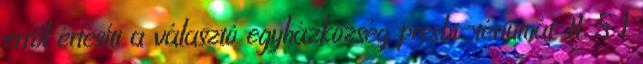
erről értesíti a választó egyházközség presbi¬tériumát 31. § 1